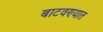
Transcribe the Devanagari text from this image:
बाटवण्यात